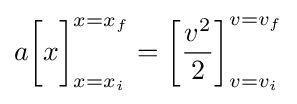
a{\bigg [}x{\bigg ]}_{x=x_{i}}^{x=x_{f}}=\left[{\frac {v^{2}}{2}}\right]_{v=v_{i}}^{v=v_{f}}